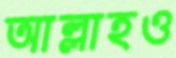
আল্লাহও